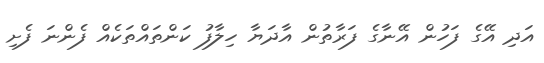
އަދި އޭގެ ފަހުން އޭނާގެ ފަރާތުން އާދަޔާ ހިލާފު ކަންތައްތަކެއް ފެންނަ ފެށި